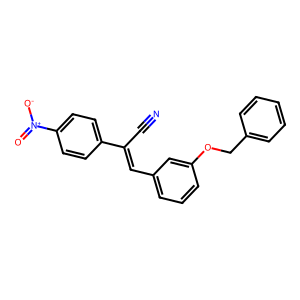
SMILES: N#CC(=Cc1cccc(OCc2ccccc2)c1)c1ccc([N+](=O)[O-])cc1
Inhibits HIV replication: No